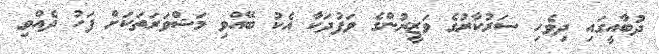
ދުބާއީގައި ދިވެހި ސަރުކާރުގެ ވަޒީރުންގެ ވަފުދަކާ އެކު ބޭއްވި މަޝްވަރަތަކަށް ފަހު ދެއްވި